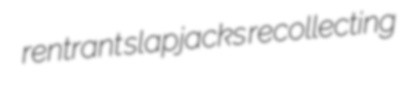
rentrant slapjacks recollecting